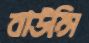
বাউন্সি